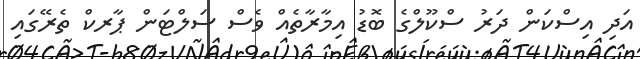
އަދި އިސްކަން ދަރު ސްކޫލްގެ ބޮޑު އިމާރާތެއް ވެސް ސަލްޓަން ޕާރކް ތެރޭގައި